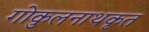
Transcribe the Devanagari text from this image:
गोकुलनाथकृत